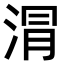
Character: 𣶀